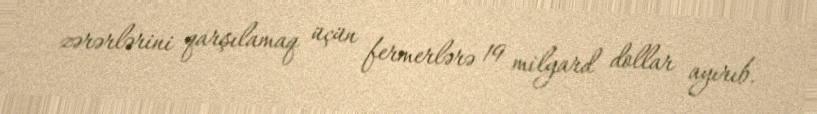
zərərlərini qarşılamaq üçün fermerlərə 19 milyard dollar ayırıb.